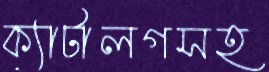
ক্যাটালগসহ